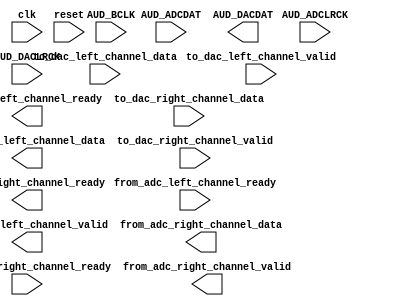

module audio_config (
	clk,
	reset,
	AUD_ADCDAT,
	AUD_ADCLRCK,
	AUD_BCLK,
	AUD_DACDAT,
	AUD_DACLRCK,
	from_adc_left_channel_ready,
	from_adc_left_channel_data,
	from_adc_left_channel_valid,
	from_adc_right_channel_ready,
	from_adc_right_channel_data,
	from_adc_right_channel_valid,
	to_dac_left_channel_data,
	to_dac_left_channel_valid,
	to_dac_left_channel_ready,
	to_dac_right_channel_data,
	to_dac_right_channel_valid,
	to_dac_right_channel_ready);	

	input		clk;
	input		reset;
	input		AUD_ADCDAT;
	input		AUD_ADCLRCK;
	input		AUD_BCLK;
	output		AUD_DACDAT;
	input		AUD_DACLRCK;
	input		from_adc_left_channel_ready;
	output	[31:0]	from_adc_left_channel_data;
	output		from_adc_left_channel_valid;
	input		from_adc_right_channel_ready;
	output	[31:0]	from_adc_right_channel_data;
	output		from_adc_right_channel_valid;
	input	[31:0]	to_dac_left_channel_data;
	input		to_dac_left_channel_valid;
	output		to_dac_left_channel_ready;
	input	[31:0]	to_dac_right_channel_data;
	input		to_dac_right_channel_valid;
	output		to_dac_right_channel_ready;
endmodule